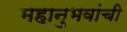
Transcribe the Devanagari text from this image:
महानुभवांची